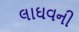
લાઘવની